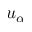
u _ { \alpha }